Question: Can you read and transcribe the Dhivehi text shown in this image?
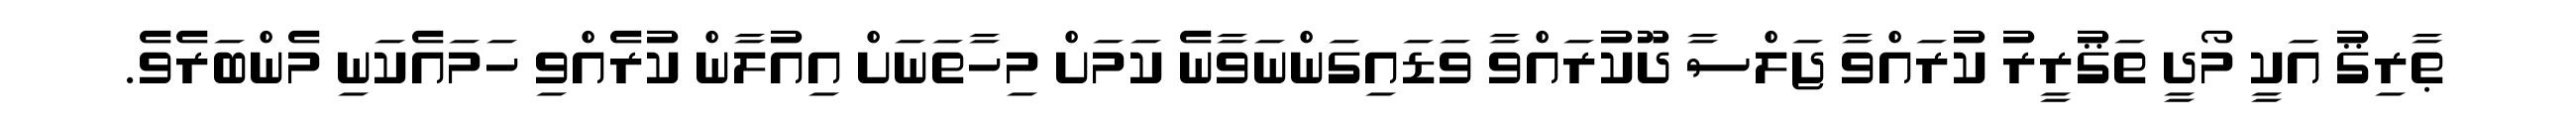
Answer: ޠާރިޤު އަކީ މޯދީ ތަޤުރީރު ކުރައްވާ ޖަލްސާ ދޫކުރައްވާ ވަޑައިގަންނަވާނެ ކަމަށް މިހާތަނަށް އިއުލާން ކުރެއްވި ހަމައެކަނި މެންބަރެވެ.